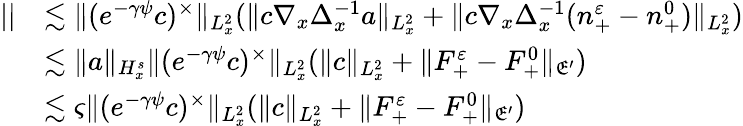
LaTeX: \begin{array}{rl}{||}&{\lesssim\| (e^{-\gamma\psi}c)^{\times}\| _{L_{x}^{2}}(\| c\nabla_{x}\Delta_{x}^{-1}a\| _{L_{x}^{2}}+\| c\nabla_{x}\Delta_{x}^{-1}(n_{+}^{\varepsilon}-n_{+}^{0})\| _{L_{x}^{2}})}\\ &{\lesssim\| a\| _{H_{x}^{s}}\| (e^{-\gamma\psi}c)^{\times}\| _{L_{x}^{2}}(\| c\| _{L_{x}^{2}}+\| F_{+}^{\varepsilon}-F_{+}^{0}\| _{\mathfrak E^{\prime}})}\\ &{\lesssim\varsigma\| (e^{-\gamma\psi}c)^{\times}\| _{L_{x}^{2}}(\| c\| _{L_{x}^{2}}+\| F_{+}^{\varepsilon}-F_{+}^{0}\| _{\mathfrak E^{\prime}})}\end{array}